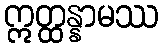
ဣတ္ထန္နာမဿ